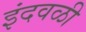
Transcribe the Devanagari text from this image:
इंदवळी